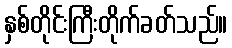
နှစ်တိုင်းကြီးတိုက်ခတ်သည်။